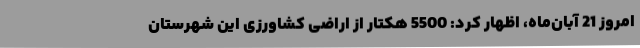
امروز 21 آبان‌ماه، اظهار کرد: 5500 هکتار از اراضی کشاورزی این شهرستان